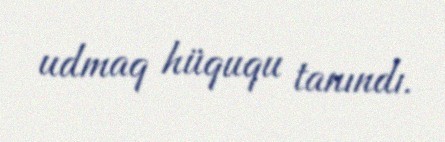
udmaq hüququ tanındı.